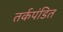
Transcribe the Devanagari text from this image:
तर्कपंडित